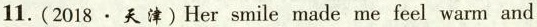
11.（2018·天津）Her smile made me feel warm and